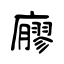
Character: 廫